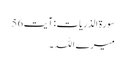
سورۃ الذریات: آیت 56
میرے اللہ ۔